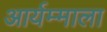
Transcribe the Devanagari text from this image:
आर्यम्माला